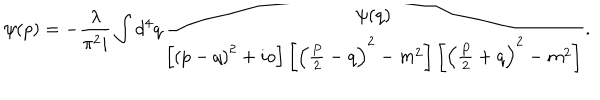
LaTeX: \psi ( p ) = - \frac { \lambda } { \pi ^ { 2 } i } \int d ^ { 4 } q \frac { \psi ( q ) } { \left[ \left( p - q \right) ^ { 2 } + i o \right] \left[ \left( \frac { P } { 2 } - q \right) ^ { 2 } - m ^ { 2 } \right] \left[ \left( \frac { P } { 2 } + q \right) ^ { 2 } - m ^ { 2 } \right] } .